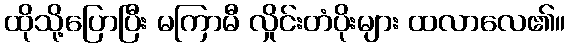
ထိုသို့ပြောပြီး မကြာမီ လှိုင်းတံပိုးများ ထလာလေ၏။